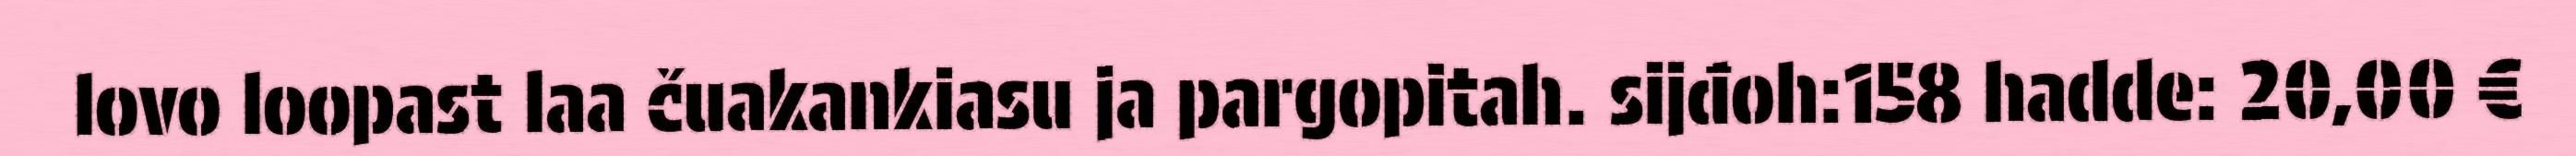
lovo loopast laa čuakankiasu ja pargopitah. sijđoh:158 hadde: 20,00 €